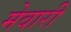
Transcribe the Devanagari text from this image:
मेवारी